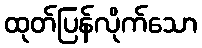
ထုတ်ပြန်လိုက်သော